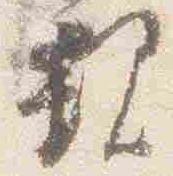
親